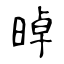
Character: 晫